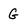
Character: G